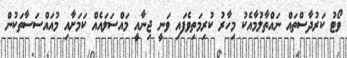
ވޯޓު ކަރުދާސްތައް ނައްތާލުމާއެކު މިހާރު ކުރިމަތިވެފައި ވަނީ ޖިނާއީ މައްސަލައެއް ކަމަށާއި މުއައްސަސާތަކުން